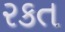
રકત